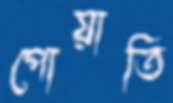
পোয়াতি